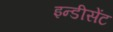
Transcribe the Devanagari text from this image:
इन्डीसेंट